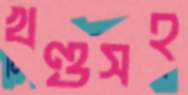
খণ্ডসহ